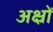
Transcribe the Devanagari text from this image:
अक्ष्रों